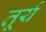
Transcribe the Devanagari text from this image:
तूर्य